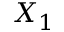
X _ { 1 }